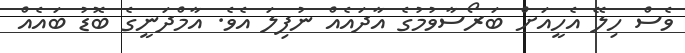
ވެސް ހިލޭ އެހީއަށް ބަރޯސާވުމުގެ އާދައެއް ނުފިލަ އެވެ. އާމްދަނީގެ ބޮޑު ބައެއް